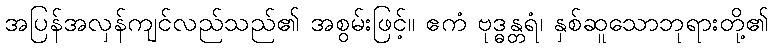
အပြန်အလှန်ကျင်လည်သည်၏ အစွမ်းဖြင့်။ ဧကံ ဗုဒ္ဓန္တရံ၊ နှစ်ဆူသောဘုရားတို့၏